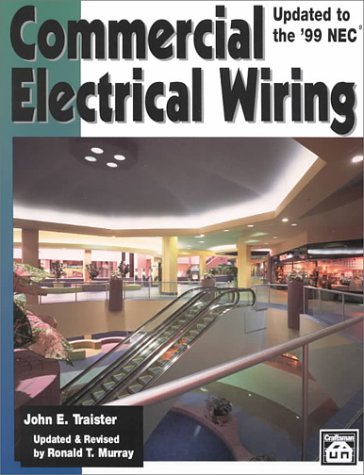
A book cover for Commercial Electrical Wiring; John E. Traister; Science & Math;